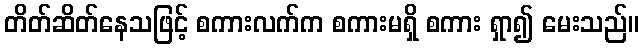
တိတ်ဆိတ်နေသဖြင့် စကားလက်က စကားမရှိ စကား ရှာ၍ မေးသည်။